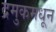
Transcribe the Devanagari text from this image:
द्रमुकमधून